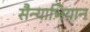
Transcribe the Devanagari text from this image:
सैन्याभियान